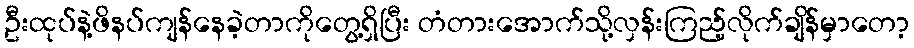
ဦးထုပ်နဲ့ဖိနပ်ကျန်နေခဲ့တာကိုတွေ့ရှိပြီး တံတားအောက်သို့လှန်းကြည့်လိုက်ချိန်မှာတော့